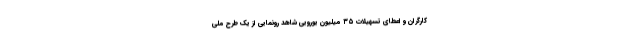
کارگران و اعطای تسهیلات ۳۵ میلیون یورویی شاهد رونمایی از یک طرح ملی